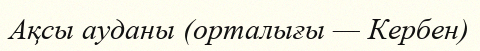
Ақсы ауданы (орталығы — Кербен)